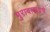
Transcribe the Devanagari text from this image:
मुरादाबादचे